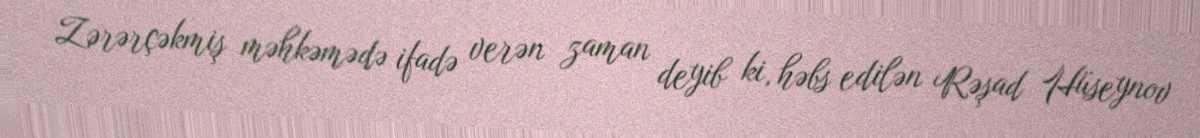
Zərərçəkmiş məhkəmədə ifadə verən zaman deyib ki, həbs edilən Rəşad Hüseynov